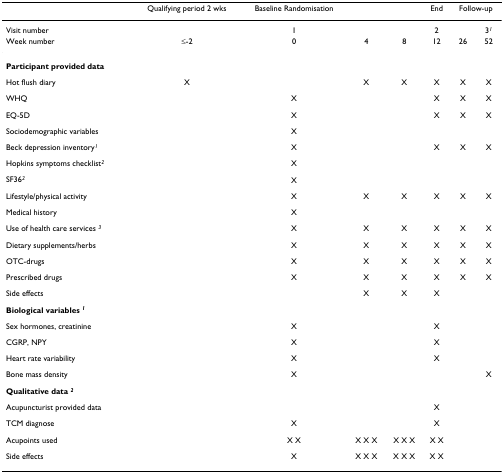
|  | Qualifying period 2 wks | Baseline Randomisation |  |  | End | <COLSPAN=2> Follow-up |
 | --- | --- | --- | --- | --- | --- | --- | --- |
 | Visit number |  | 1 |  |  | 2 |  | 31 |
 | Week number | ≤-2 | 0 | 4 | 8 | 12 | 26 | 52 |
 | Participant provided data |  |  |  |  |  |  |  |
 | Hot flush diary | X |  | X | X | X | X | X |
 | WHQ |  | X |  |  | X | X | X |
 | EQ-5D |  | X |  |  | X | X | X |
 | Sociodemographic variables |  | X |  |  |  |  |  |
 | Beck depression inventory1 |  | X |  |  | X | X | X |
 | Hopkins symptoms checklist2 |  | X |  |  |  |  |  |
 | SF362 |  | X |  |  |  |  |  |
 | Lifestyle/physical activity |  | X | X | X | X | X | X |
 | Medical history |  | X |  |  |  |  |  |
 | Use of health care services 3 |  | X | X | X | X | X | X |
 | Dietary supplements/herbs |  | X | X | X | X | X | X |
 | OTC-drugs |  | X | X | X | X | X | X |
 | Prescribed drugs |  | X | X | X | X | X | X |
 | Side effects |  |  | X | X | X |  |  |
 | Biological variables 1 |  |  |  |  |  |  |  |
 | Sex hormones, creatinine |  | X |  |  | X |  |  |
 | CGRP, NPY |  | X |  |  | X |  |  |
 | Heart rate variability |  | X |  |  | X |  |  |
 | Bone mass density |  | X |  |  |  |  | X |
 | Qualitative data 2 |  |  |  |  |  |  |  |
 | Acupuncturist provided data |  |  |  |  | X |  |  |
 | TCM diagnose |  | X |  |  | X |  |  |
 | Acupoints used |  | X X | X X X | X X X | X X |  |  |
 | Side effects |  | X | X X X | X X X | X X |  |  |